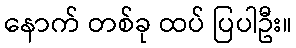
နောက် တစ်ခု ထပ် ပြပါဦး။